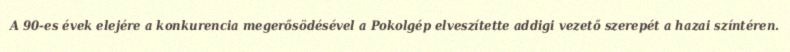
A 90-es évek elejére a konkurencia megerősödésével a Pokolgép elveszítette addigi vezető szerepét a hazai színtéren.